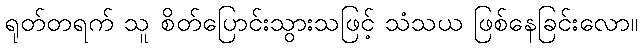
ရုတ်တရက် သူ စိတ်ပြောင်းသွားသဖြင့် သံသယ ဖြစ်နေခြင်းလော။